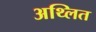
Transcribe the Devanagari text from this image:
अथ्लित